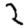
Digit: 2